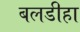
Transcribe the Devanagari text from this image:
बलडीहा